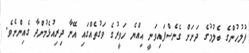
ފުލުހުންގެ ބެލުމުގެ ދަށަށް ގެނެސްފައިވަނީ އިއްޔެ ހަވީރުގެ ވަގުތެއްގައި އޭނާ ދިރިއުޅެމުންދާ ގެއިންނެވެ.